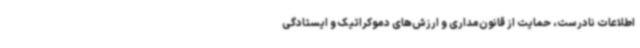
اطلاعات نادرست، حمایت از قانون‌مداری و ارزش‌های دموکراتیک و ایستادگی